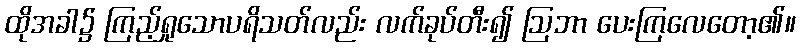
ထိုအခါ၌ ကြည့်ရှုသောပရိသတ်လည်း လက်ခုပ်တီး၍ ဩဘာ ပေးကြလေတော့၏။